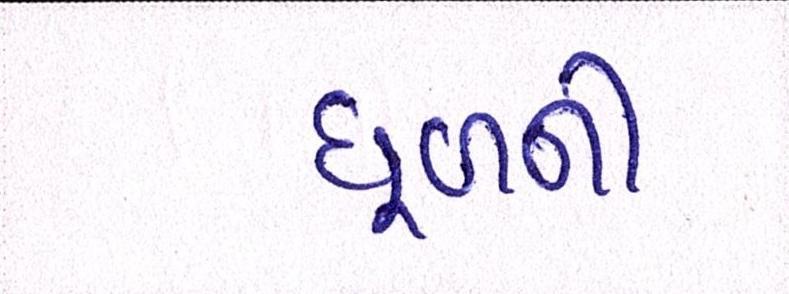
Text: ધૂળની